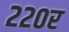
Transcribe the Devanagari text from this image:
२२०र